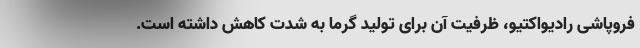
فروپاشی رادیواکتیو، ظرفیت آن برای تولید گرما به شدت کاهش داشته است.